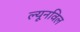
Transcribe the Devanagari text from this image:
ल्यूनविल